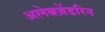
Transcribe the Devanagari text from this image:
अलेक्ज़ेंडरिन